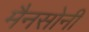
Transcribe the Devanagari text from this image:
मैनसोनी